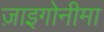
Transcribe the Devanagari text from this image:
ज़ाइगोनीमा